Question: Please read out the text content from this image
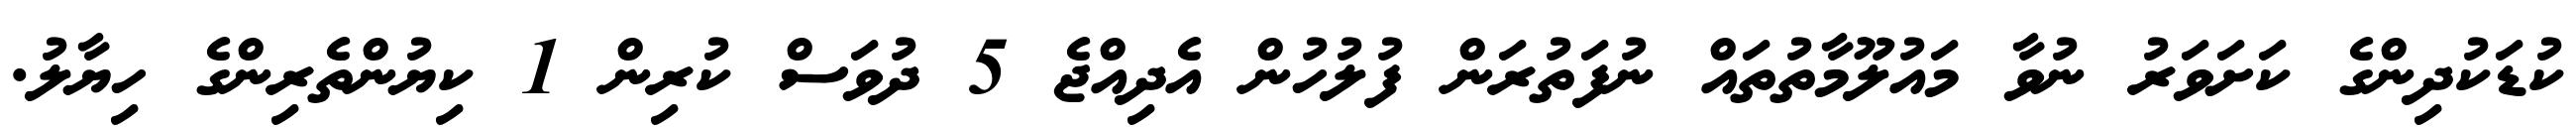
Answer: ކުޑަކުދިންގެ ކަށަވަރު ނުވާ މައުލޫމާތުތައް ނުފަތުރަން ފުލުހުން އެދިއްޖެ 5 ދުވަސް ކުރިން 1 ކިޔުންތެރިންގެ ހިޔާލު.